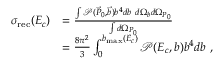
\begin{array} { r l } { \sigma _ { \mathrm { r e c } } ( E _ { c } ) } & { = \frac { \int \mathcal { P } ( \vec { P } _ { 0 } , \vec { b } ) b ^ { 4 } d b ~ d \Omega _ { b } d \Omega _ { P _ { 0 } } } { \int d \Omega _ { P _ { 0 } } } } \\ & { = \frac { 8 \pi ^ { 2 } } { 3 } \int _ { 0 } ^ { b _ { \mathrm { m a x } } ( E _ { c } ) } \mathcal { P } ( E _ { c } , b ) b ^ { 4 } d b ~ , } \end{array}